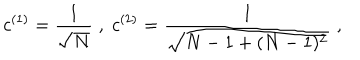
c ^ { ( 1 ) } = \frac { 1 } { \sqrt { N } } \; , \; c ^ { ( 2 ) } = \frac { 1 } { \sqrt { N - 1 + ( N - 1 ) ^ { 2 } } } \; ,